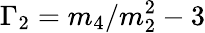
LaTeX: \Gamma_{2}=m_{4}/m_{2}^{2}-3